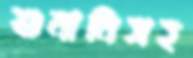
শুনানিসহ